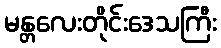
မန္တလေးတိုင်းဒေသကြီး